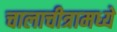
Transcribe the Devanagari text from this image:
चालाचीत्रामध्ये